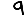
Digit: 9